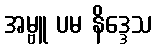
အမ္ဗူ ပမ နိဒ္ဒေသ